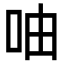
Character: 𠱋